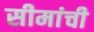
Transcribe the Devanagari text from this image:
सीमांची